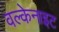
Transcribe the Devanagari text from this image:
वल्केनाइट